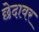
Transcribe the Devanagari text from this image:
छेदावर